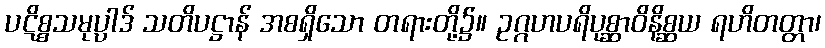
ပဋိစ္စသမုပ္ပါဒ် သတိပဋ္ဌာန် အစရှိသော တရားတို့၌။ ဥဂ္ဂဟပရိပုစ္ဆာဝိနိစ္ဆယ ရဟိတတ္တာ၊